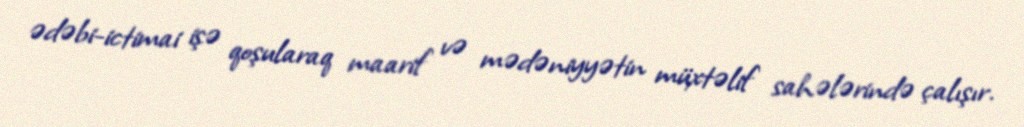
ədəbi-ictimai işə qoşularaq maarif və mədəniyyətin müxtəlif sahələrində çalışır.